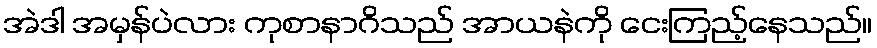
အဲဒါ အမှန်ပဲလား ကုစာနာဂိသည် အာယနဲကို ငေးကြည့်နေသည်။